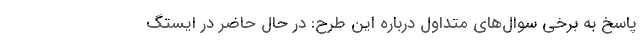
پاسخ به برخی سوال‌های متداول درباره این طرح: در حال حاضر در ایستگ